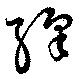
繹